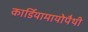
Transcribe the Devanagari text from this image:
कार्डियामायोपैथी